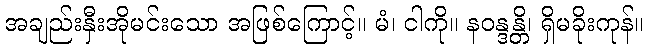
အချည်းနှီးအိုမင်းသော အဖြစ်ကြောင့်။ မံ၊ ငါကို။ နဝန္ဒန္တိ၊ ရှိမခိုးကုန်။